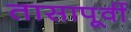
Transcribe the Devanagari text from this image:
तासापूर्वी